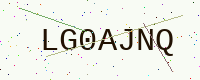
Text: LG0AJNQ